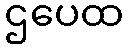
ဌပေထ